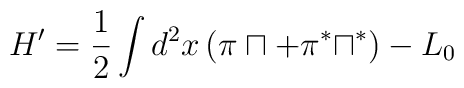
H'=\frac{1}{2}\int d^2x\, (\pi\sqcap+\pi^\ast\sqcap^\ast)- L_0